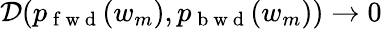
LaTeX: {\cal D}(p_{\mathrm{~f~w~d~}}(w_{m}),p_{\mathrm{~b~w~d~}}(w_{m}))\to 0